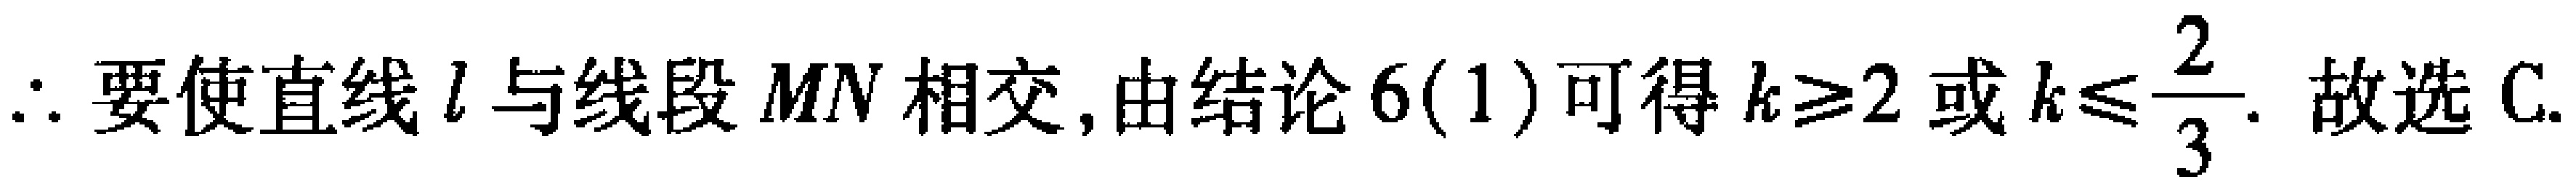
$\therefore$要使直线$l$与线段$MN$相交,由结论$6(1)$可得$k\geqslant2$或$k\leqslant\frac{2}{3}$. 故选C.